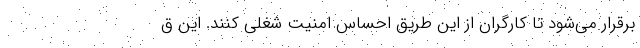
برقرار می‌شود تا کارگران از این طریق احساس امنیت شغلی کنند. این ق